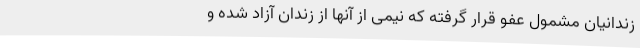
زندانیان مشمول عفو قرار گرفته که نیمی از آنها از زندان آزاد شده و